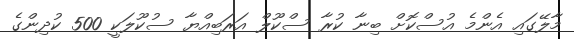
މާލޭގައި އެންމެ އުސްކޮށް ބިނާ ކުރާ ސްކޫލް އަރަބިއްޔާ ސުކޫލަކީ 500 ކުދިންގެ